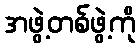
အဖွဲ့တစ်ဖွဲ့ကို